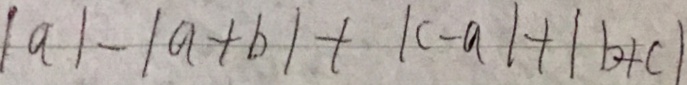
\vert a \vert - \vert a + b \vert + \vert c - a \vert + \vert b + c \vert